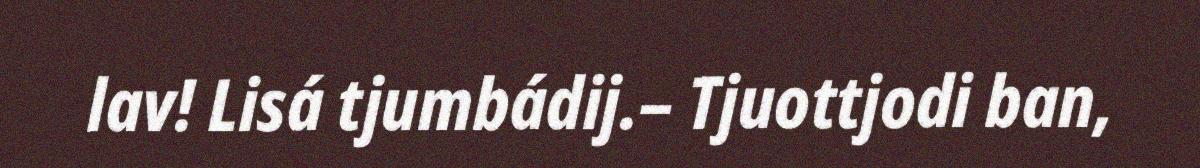
lav! Lisá tjumbádij.– Tjuottjodi ban,